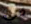
في